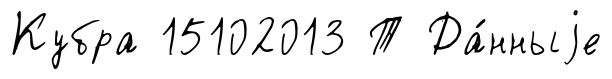
Кубра 15102013 Т Да́нныjе